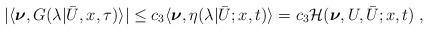
LaTeX: \begin{align*}\begin{aligned}|\langle\boldsymbol{\nu}, G(\lambda|\bar U,x,\tau)\rangle| &\le c_3 \langle \boldsymbol{\nu} , \eta (\lambda | \bar U;x,t ) \rangle = c_3 \mathcal{H} ( \boldsymbol{\nu},U,\bar{U};x,t)\;,\end{aligned}\end{align*}